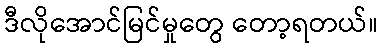
ဒီလိုအောင်မြင်မှုတွေ တော့ရတယ်။